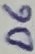
Text: D6